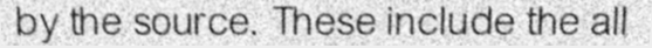
by the source. These include the all